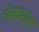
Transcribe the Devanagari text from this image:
चेकशब्द